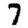
Digit: 7